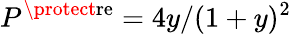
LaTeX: P^{\protect\mathrm{re}}=4y/(1+y)^{2}